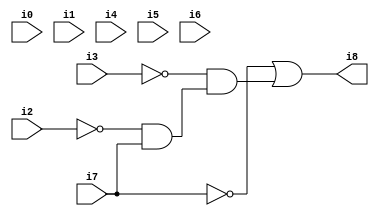
// Benchmark "SKOLEMFORMULA" written by ABC on Mon May  4 15:53:36 2020

module SKOLEMFORMULA ( 
    i0, i1, i2, i3, i4, i5, i6, i7,
    i8  );
  input  i0, i1, i2, i3, i4, i5, i6, i7;
  output i8;
  wire n10, n11;
  assign n10 = ~i2 & i7;
  assign n11 = ~i3 & n10;
  assign i8 = ~i7 | n11;
endmodule